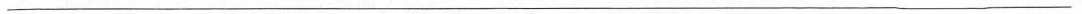
___